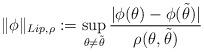
LaTeX: \begin{align*}\|\phi\|_{Lip, \rho} := \sup_{\substack{\theta \not = \tilde{\theta}}} \frac{|\phi(\theta) - \phi( \tilde{\theta}) | }{\rho(\theta, \tilde{\theta} )} \end{align*}